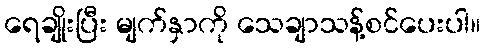
ရေချိုးပြီး မျက်နှာကို သေချာသန့်စင်ပေးပါ။